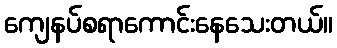
ကျေနပ်စရာကောင်းနေသေးတယ်။